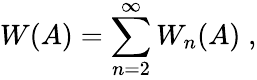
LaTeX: W(A)=\sum_{n=2}^{\infty}W_{n}(A)\; ,